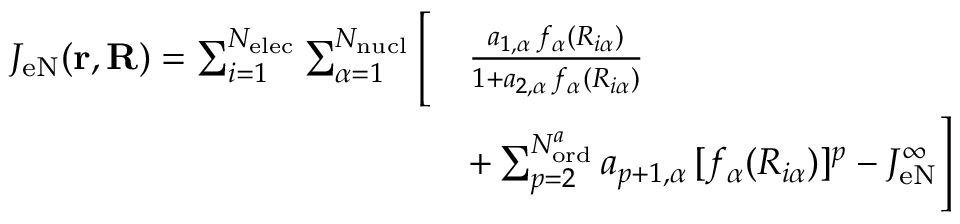
\begin{array} { r l } { J _ { \mathrm { e N } } ( \mathbf { r } , \mathbf { R } ) = \sum _ { i = 1 } ^ { N _ { \mathrm { e l e c } } } \sum _ { \alpha = 1 } ^ { N _ { \mathrm { n u c l } } } \Bigg [ } & { \frac { a _ { 1 , \alpha } \, f _ { \alpha } ( R _ { i \alpha } ) } { 1 + a _ { 2 , \alpha } \, f _ { \alpha } ( R _ { i \alpha } ) } } \\ & { + \sum _ { p = 2 } ^ { N _ { \mathrm { o r d } } ^ { a } } a _ { p + 1 , \alpha } \, [ f _ { \alpha } ( R _ { i \alpha } ) ] ^ { p } - J _ { \mathrm { e N } } ^ { \infty } \Bigg ] } \end{array}